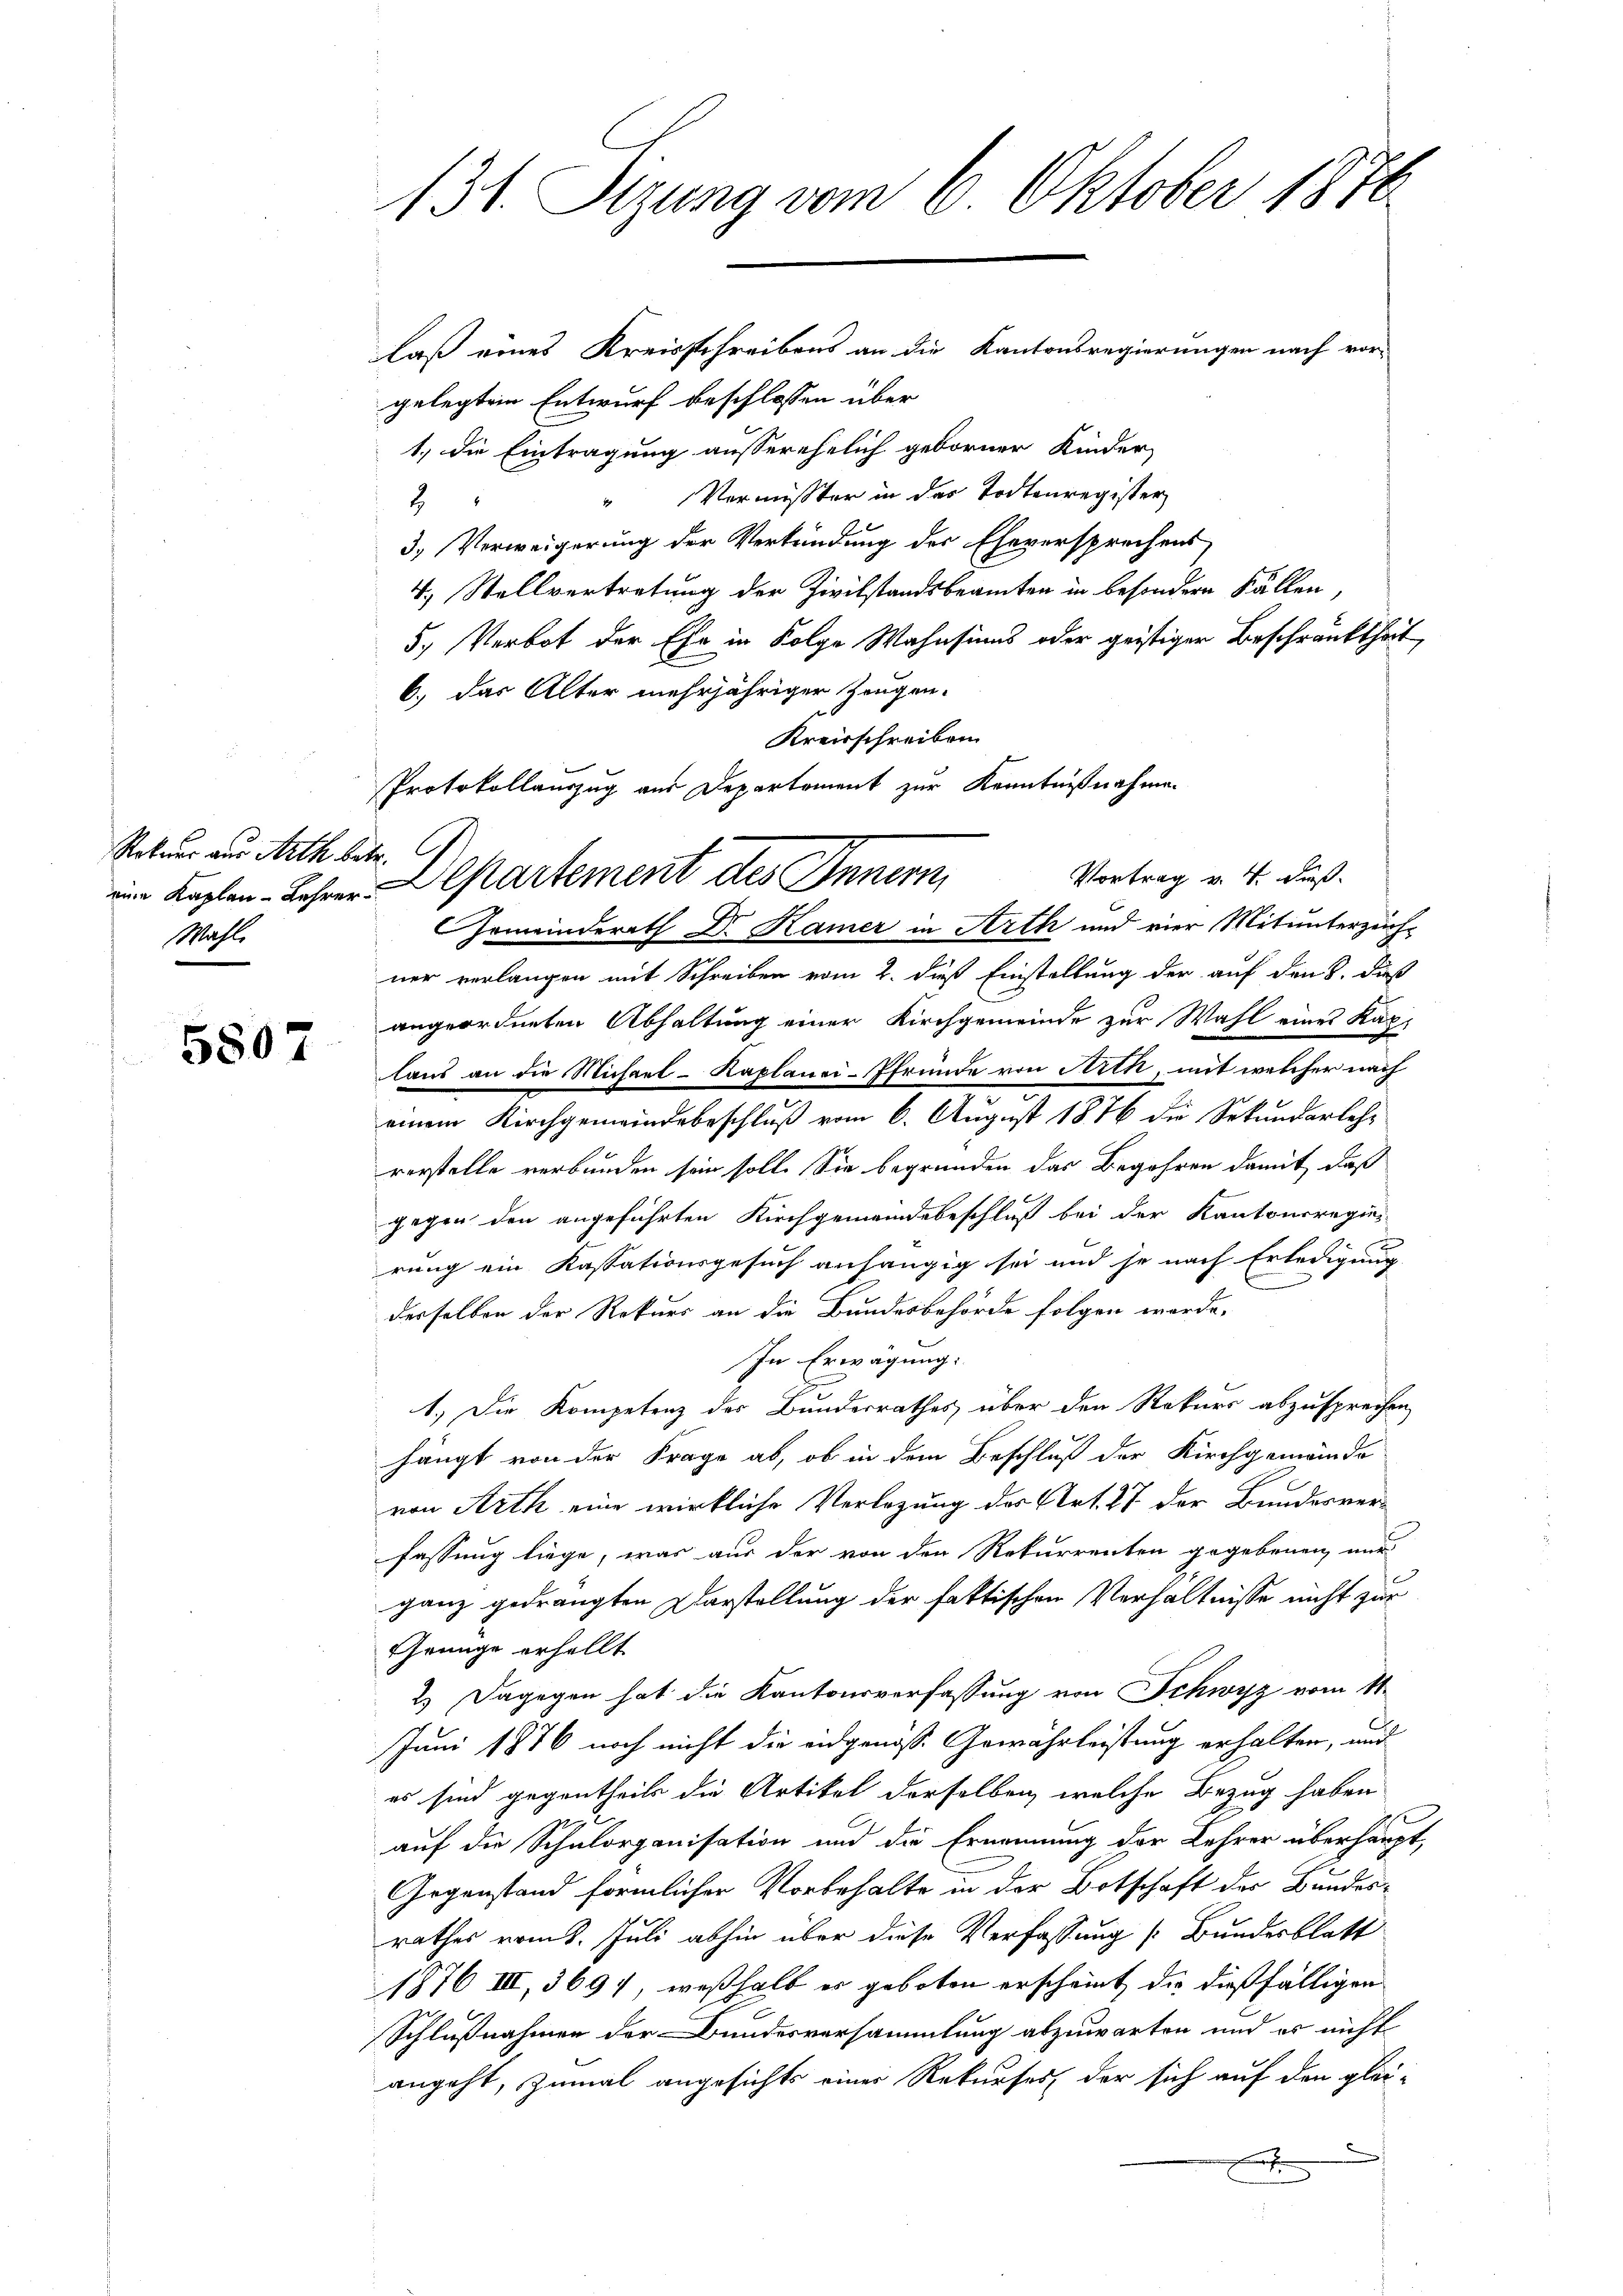
Rokaur aus Arth betr. C
Wahl.

5807

131. Sizung vom 6. Oktober 1870

laß eines Kreisschreibens an die Kantonsregierungen nach vor-
gelegten Entwurf beschlossen über
1., die Eintragung ausserehelich geborner Kinder,
" Vermisster in der Todtenregister
2
3.) Verweigerung der Verkündung der Eheversprechens
4.) Stellvertretung der Zivilstandsbeamten in besondern Fällen,
5. Verbot der Ehe in Folge Wahnsinns oder geistiger Beschränktheit
6.) Das Alter mehrjähriger Zeugen.
Kreisschreiben
Protokollauszug aus Departement zur Kenntnißnahmen
Gemeinderath Dr. Kamer in Arth und vier Mitunterzichner verlangen mit Schreiben vom 2. daß Einstellung der auf den 8. daß
angeordneten Abhaltung einer Kirchgemeinde zur Wahl eines Kapi
land an die Michael-Kaplanei-Pfrunde von Arth, mit welcher nach
einem Kirchgemeindebeschluß vom 6. August 1876 die Sekundarlehr
verstelle verbunden sein soll. Sie begründen das Begehren damit, daß
gegen den angeführten Kirchgemeindebeschluß bei der Kantonsregierung ein Kassationsgesuch anhängig sei und je nach Erledigung
derselben der Rekurs an die Bundesbehörde folgen werde.
In Erwägung:
1.) Die Kompetenz des Bunderrathes über den Rekurs abzusprechen,
hängt von der Frage ab, ob in dem Beschluß der Kirchgemeinde
von Arth eine wirkliche Verlegung des Art. 27 der Bundesverfassung liege, was aus der von den Rekurrenten gegebenen nur
ganz gedrängten Darstellung der faktischen Verhältnisse nicht zur
Grünge erhellt
2) Dagegen hat die Kantonsverfassung von Schwyz vom 11.
Juni 1876 noch nicht die eidgenöss. Gewährleistung erhalten, und
es sind gegentheils die Artikel derselben, welche Bezug haben
auf die Schulorganisation und die Ernennung der Lehrer überhaupt,
Gegenstand förmlicher Vorbehalte in der Botschaft der Bundes-
rathes vom 8. Juli abhin über diese Verfassung (Bundesblatt
1876 III, 3694, weßhalb er geboten erscheint, die dießfälligen
Schlußnahmen der Bundesversammlung abzuwarten und es nicht
angeht, zumal angesichts einer Rekurses, der sich auf den glei-

Vortrag v. 4. Fuß.
von Kaplan-Lehrer Departement des Innern,